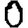
Digit: 0